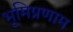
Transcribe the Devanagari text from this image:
भूमिप्रणाम